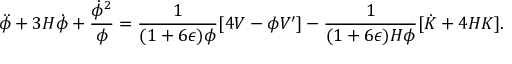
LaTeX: \ddot { \phi } + 3 H \dot { \phi } + { \frac { \dot { \phi } ^ { 2 } } { \phi } } = { \frac { 1 } { ( 1 + 6 \epsilon ) \phi } } [ 4 V - \phi V ^ { \prime } ] - { \frac { 1 } { ( 1 + 6 \epsilon ) H \phi } } [ \dot { K } + 4 H K ] .